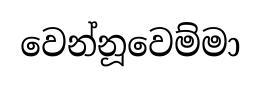
වෙන්නූවෙම්මා